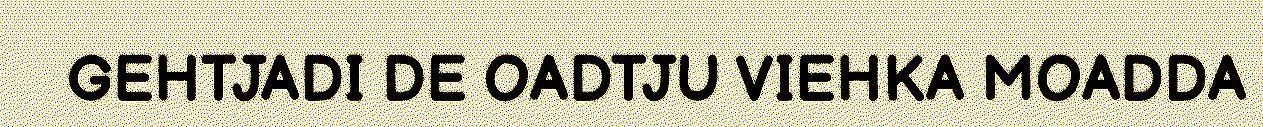
GEHTJADI DE OADTJU VIEHKA MOADDA